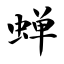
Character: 蝉